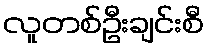
လူတစ်ဦးချင်းစီ